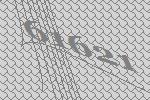
61621